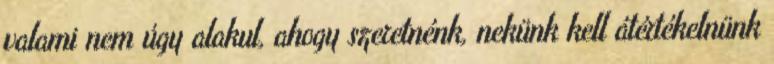
valami nem úgy alakul, ahogy szeretnénk, nekünk kell átértékelnünk